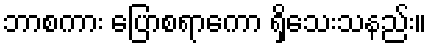
ဘာစကား ပြောစရာကော ရှိသေးသနည်း။